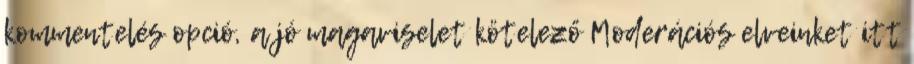
kommentelés opció, a jó magaviselet kötelező Moderációs elveinket itt